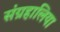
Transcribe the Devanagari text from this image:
संग्रहालिया